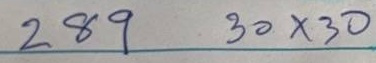
289 = 30 x 30